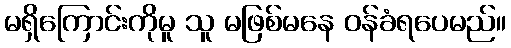
မရှိကြောင်းကိုမူ သူ မဖြစ်မနေ ဝန်ခံရပေမည်။